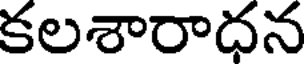
కలశారాధన